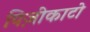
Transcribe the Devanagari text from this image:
पिज़ीकाटो